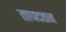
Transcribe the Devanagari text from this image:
तापदवन